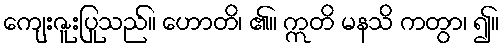
ကျေးဇူးပြုသည်။ ဟောတိ၊ ၏။ ဣတိ မနသိ ကတွာ၊ ၍။